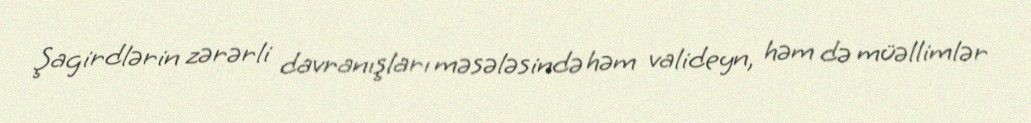
Şagirdlərin zərərli davranışları məsələsində həm valideyn, həm də müəllimlər